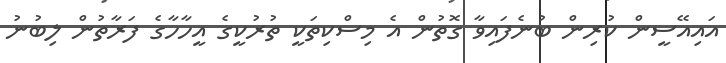
އައިއޭސީން ކުރިން ބުނެފައިވާ ގޮތުން އެ މިސްކިތަކީ ތުރުކީގެ އީހާހާގެ ފަރާތުން ލިބުނު